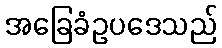
အခြေခံဥပဒေသည်